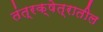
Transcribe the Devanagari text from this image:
तंत्रक्षेत्रातील